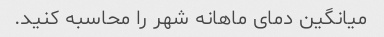
میانگین دمای ماهانه شهر را محاسبه کنید.